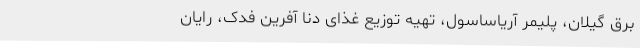
برق گیلان، پلیمر آریاساسول، تهیه توزیع غذای دنا آفرین فدک، رایان